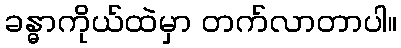
ခန္ဓာကိုယ်ထဲမှာ တက်လာတာပါ။